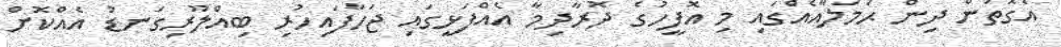
އެގޮތުން ދިން ޙަމަލާއެއްގައި މި އޮފީހުގެ ދޮރާދިމާ އެއްފަޅީގައި ޖަހާފައިހުރި ބިއްލޫރިގަނޑު އެއްކޮށް